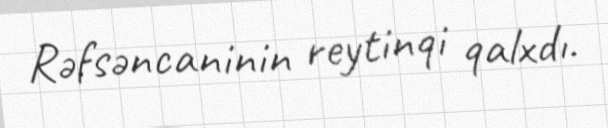
Rəfsəncaninin reytinqi qalxdı.